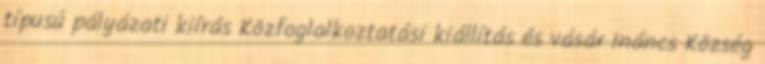
típusú pályázati kiírás Közfoglalkoztatási kiállítás és vásár Ináncs Község